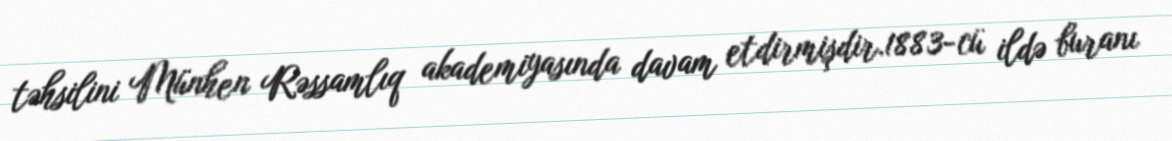
təhsilini Münhen Rəssamlıq akademiyasında davam etdirmişdir.1883-cü ildə buranı